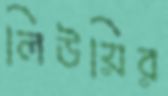
লিউয়ির